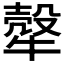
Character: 𤛓